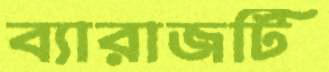
ব্যারাজটি